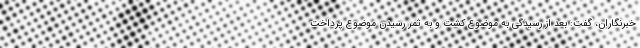
خبرنگاران، گفت: بعد از رسیدگی به موضوع کشت و به ثمر رسیدن موضوع پرداخت